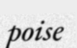
poise